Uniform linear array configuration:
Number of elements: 8
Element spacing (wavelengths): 0.25
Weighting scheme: exponential
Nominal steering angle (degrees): -30
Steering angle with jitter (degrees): -28.402
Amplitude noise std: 0.05
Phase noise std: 0.05

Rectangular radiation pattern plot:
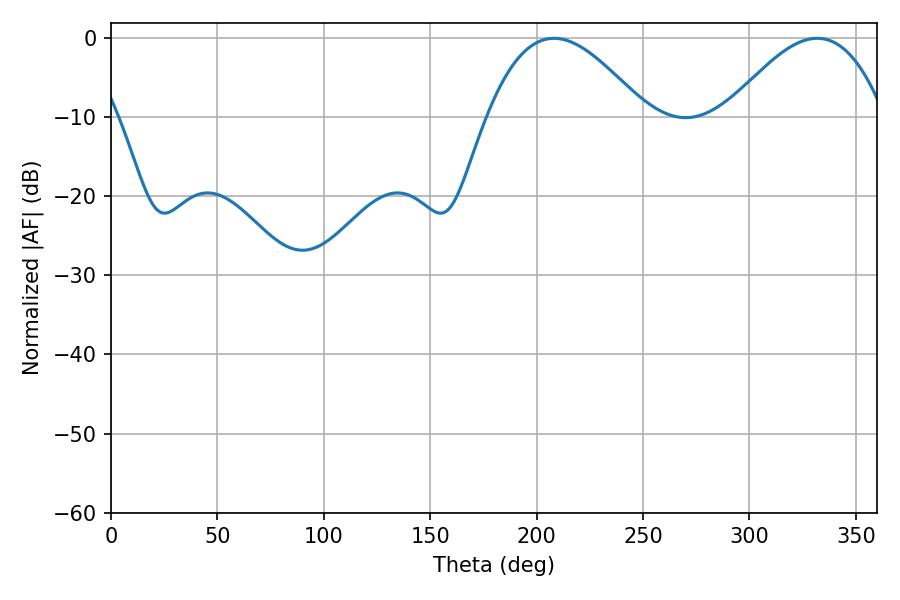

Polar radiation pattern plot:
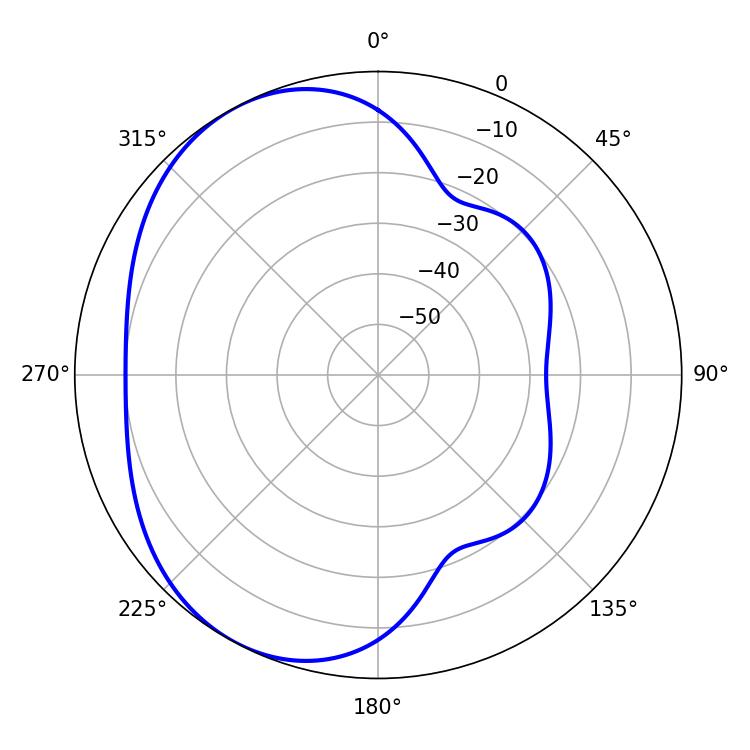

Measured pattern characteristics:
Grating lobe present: FALSE
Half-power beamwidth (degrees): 40.5
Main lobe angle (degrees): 208.08